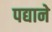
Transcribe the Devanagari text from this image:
पद्याने